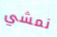
نمشي